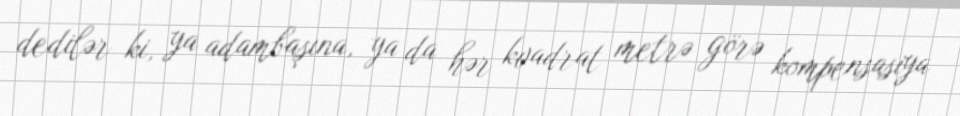
dedilər ki, ya adambaşına, ya da hər kvadrat metrə görə kompensasiya